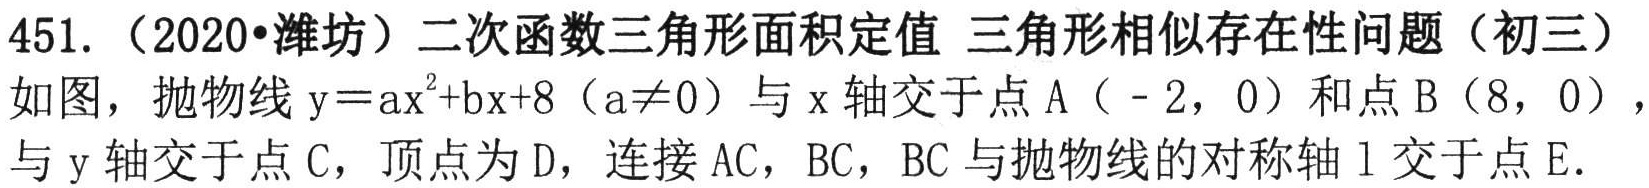
451.（2020•潍坊）二次函数三角形面积定值 三角形相似存在性问题（初三）
如图，抛物线\(y = ax^{2}+bx + 8(a\neq0)\)与\(x\)轴交于点\(A(-2,0)\)和点\(B(8,0)\)，与\(y\)轴交于点\(C\)，顶点为\(D\)，连接\(AC\)，\(BC\)，\(BC\)与抛物线的对称轴\(l\)交于点\(E\).